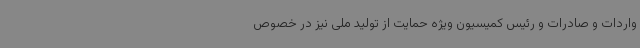
واردات و صادرات و رئیس کمیسیون ویژه حمایت از تولید ملی نیز در خصوص